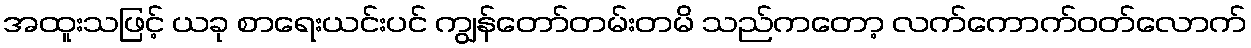
အထူးသဖြင့် ယခု စာရေးယင်းပင် ကျွန်တော်တမ်းတမိ သည်ကတော့ လက်ကောက်ဝတ်လောက်